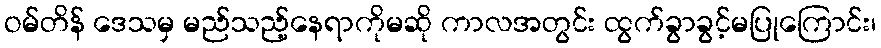
ဝမ်တိန် ဒေသမှ မည်သည့်နေရာကိုမဆို ကာလအတွင်း ထွက်ခွာခွင့်မပြုကြောင်း၊